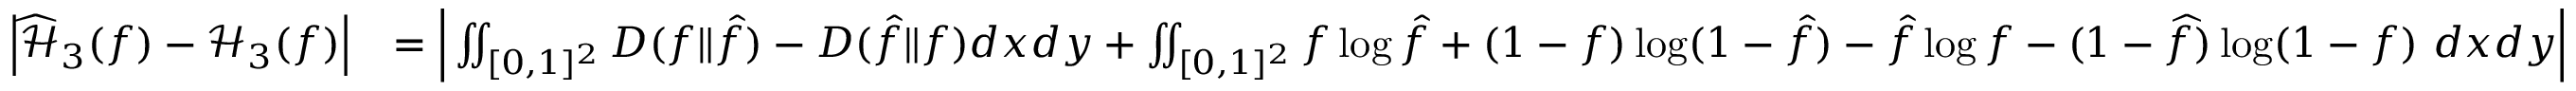
\begin{array} { r l } { \left| \widehat { \mathcal { H } } _ { 3 } ( f ) - \mathcal { H } _ { 3 } ( f ) \right| } & { = \Big | \iint _ { [ 0 , 1 ] ^ { 2 } } D ( f \| \hat { f } ) - D ( \hat { f } \| f ) d x d y + \iint _ { [ 0 , 1 ] ^ { 2 } } f \log \hat { f } + ( 1 - f ) \log ( 1 - \hat { f } ) - \hat { f } \log f - ( 1 - \widehat { f } ) \log ( 1 - f ) \ d x d y \Big | } \end{array}